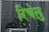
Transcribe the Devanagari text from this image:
रिचेलु